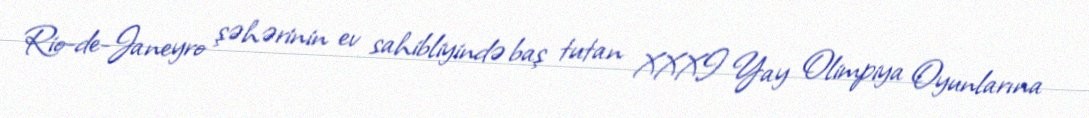
Rio-de-Janeyro şəhərinin ev sahibliyində baş tutan XXXI Yay Olimpiya Oyunlarına